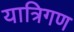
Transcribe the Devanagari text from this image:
यात्रिगण